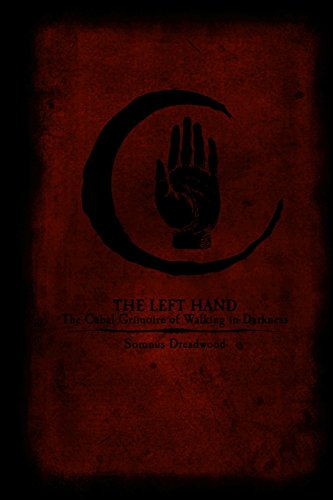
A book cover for The Left Hand: The Cabal Grimoire of Walking in Darkness; Somnus Dreadwood; Religion & Spirituality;